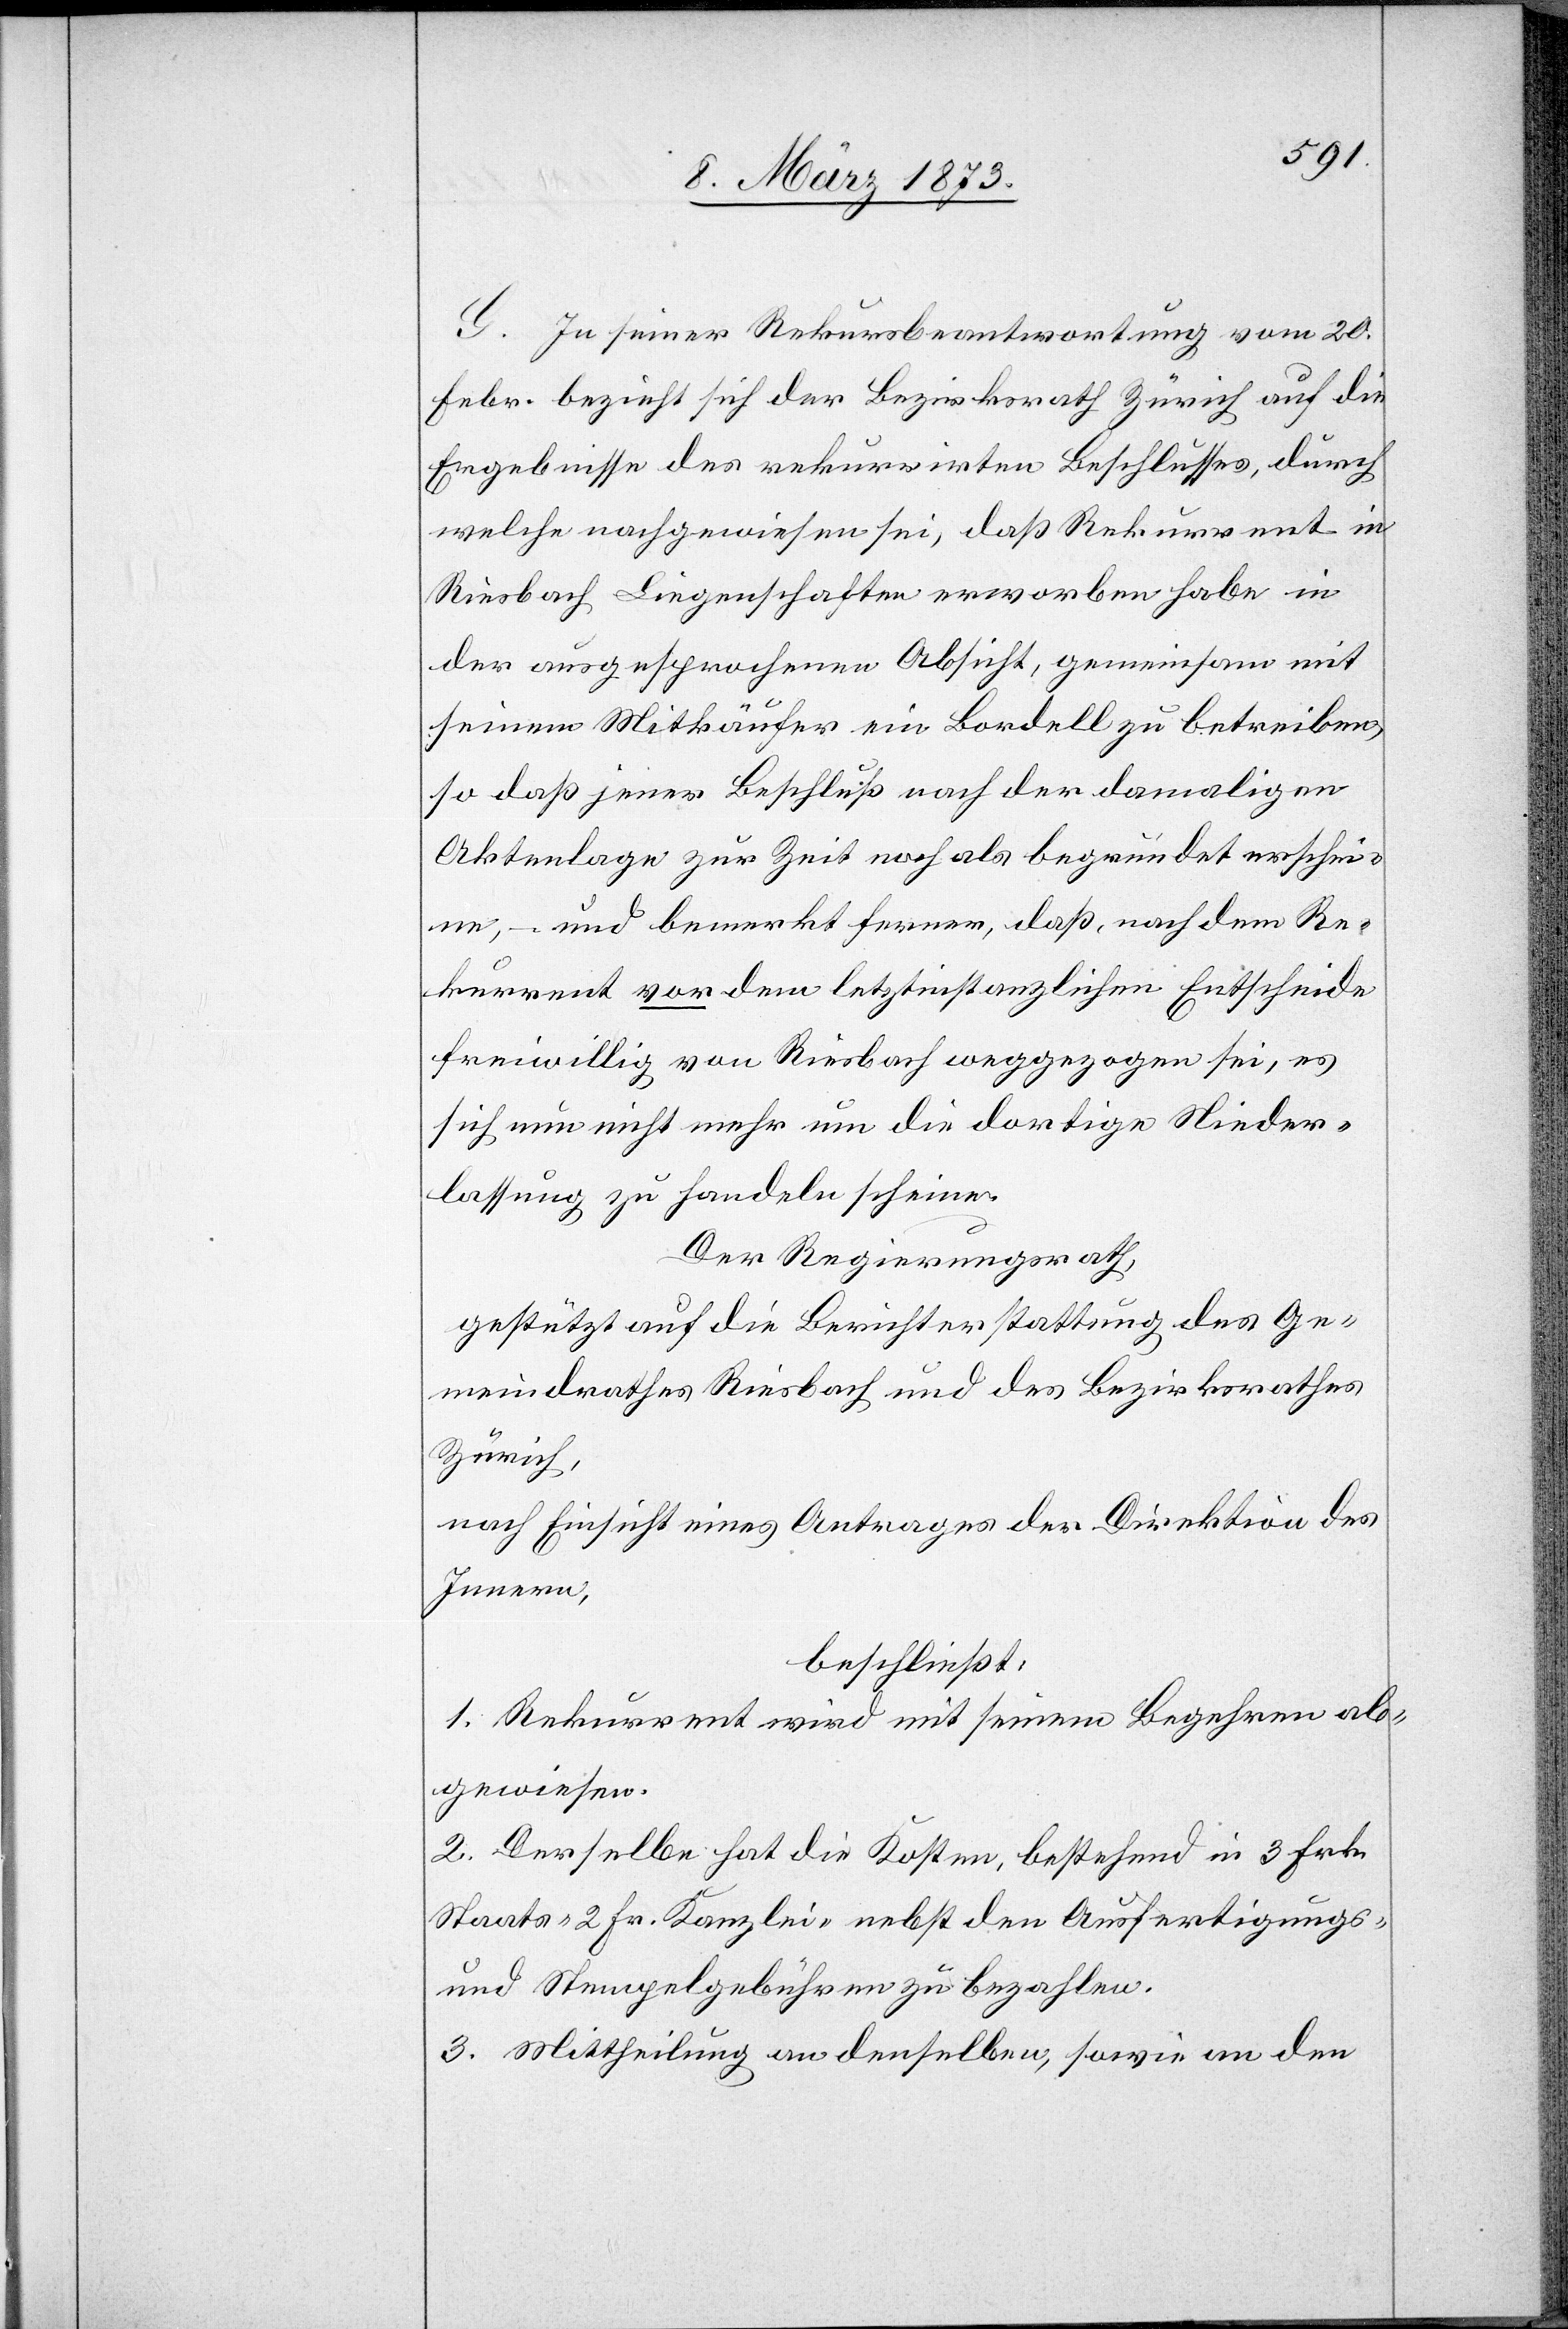
G. In seiner Rekursbeantwortung vom 20.
Febr. bezieht sich der Bezirksrath Zürich auf die
Ergebnisse des rekurrirten Beschlusses, durch
welche nachgewiesen sei, daß Rekurrent in
Riesbach Liegenschaften erworben habe in
der ausgesprochenen Absicht, gemeinsam mit
seinem Mitkäufer ein Bordell zu betreiben,
so daß jener Beschluß nach der damaligen
Aktenlage zur Zeit noch als begründet erschei¬
ne, – und bemerkt ferner, daß, nachdem Re¬
kurrent vor dem letztinstanzlichen Entscheide
freiwillig von Riesbach weggezogen sei, es
sich nun nicht mehr um die dortige Nieder¬
lassung zu handeln scheine.
Der Regierungsrath,
gestützt auf die Berichterstattung des Ge¬
meindrathes Riesbach und des Bezirksrathes
Zürich,
nach Einsicht eines Antrages der Direktion des
Innern,
beschließt:
1. Rekurrent wird mit seinem Begehren ab¬
gewiesen.
2. Derselbe hat die Kosten, bestehend in 3 Frk.
Staats-[,] 2 Fr. Kanzlei- nebst den Ausfertigungs-
und Stempelgebühren zu bezahlen.
3. Mittheilung an denselben, sowie an den